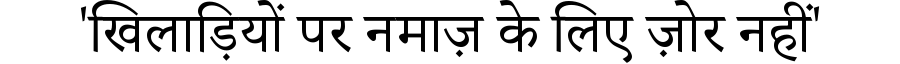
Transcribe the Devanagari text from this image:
'खिलाड़ियों पर नमाज़ के लिए ज़ोर नहीं'